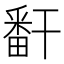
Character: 𬏎